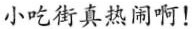
小吃街真热闹啊！